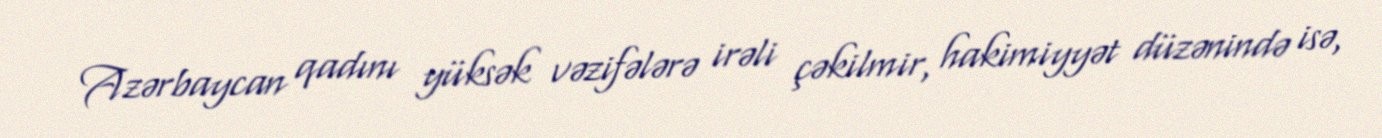
Azərbaycan qadını yüksək vəzifələrə irəli çəkilmir, hakimiyyət düzənində isə,